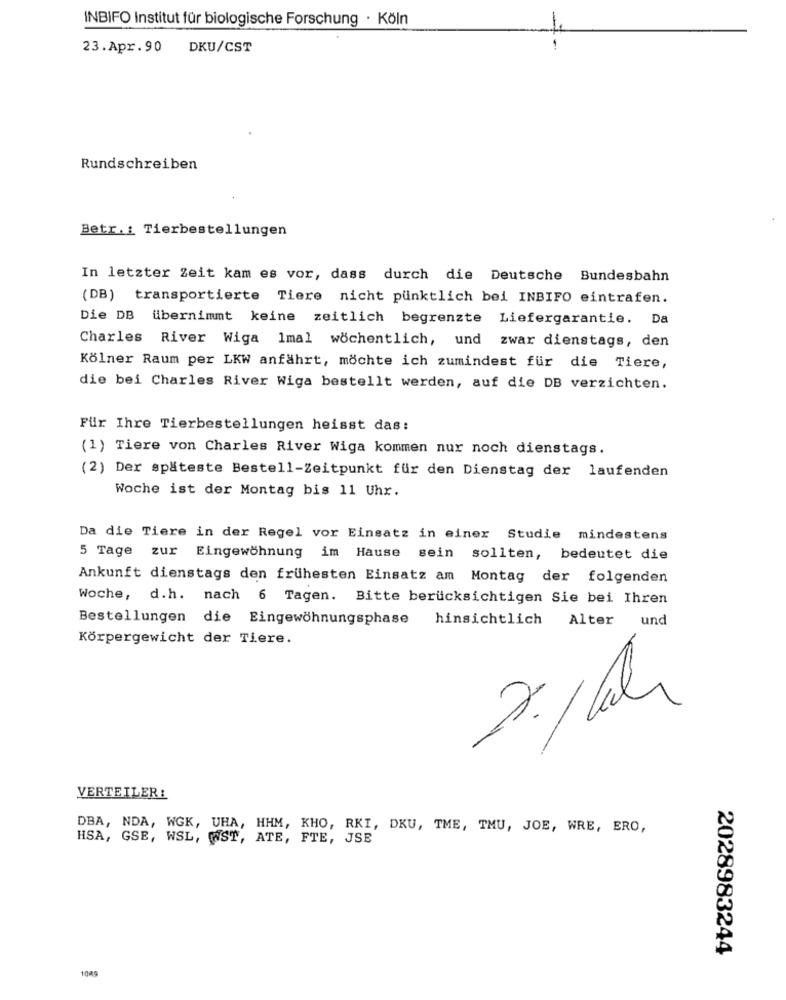
INBIFO Institut für biologische Forschung · Köln
23.Apr.90 DKU/CST
Rundschreiben
Betr. : Tierbestellungen
In letzter Zeit kam es vor, dass durch die Deutsche Bundesbahn
(DB) transportierte Tiere nicht pünktlich bei INBIFO eintrafen.
Die DB übernimmt keine zeitlich begrenzte Liefergarantie. Da
Charles River Wiga 1mal wöchentlich, und zwar dienstags, den
Kölner Raum per LKW anfährt, möchte ich zumindest für die Tiere,
die bei Charles River Wiga bestellt werden, auf die DB verzichten.
Für Ihre Tierbestellungen heisst das:
(1) Tiere von Charles River Wiga kommen nur noch dienstags.
(2) Der späteste Bestell-Zeitpunkt für den Dienstag der laufenden
Woche ist der Montag bis 11 Uhr.
Da die Tiere in der Regel vor Einsatz in einer Studie mindestens
5 Tage zur
Eingewöhnung im Hause sein sollten, bedeutet die
Ankunft dienstags den frühesten Einsatz am Montag der folgenden
Woche, d.h. nach 6 Tagen. Bitte berücksichtigen Sie bei Ihren
Bestellungen die Eingewöhnungsphase
hinsichtlich
Alter
und
Körpergewicht der Tiere.
VERTEILER :
DBA, NDA, WGK, UHA, HHM, KHO, RKI, DKU, TME, TMU, JOE, WRE, ERO,
HSA, GSE, WSL, WST, ATE, FTE, JSE
2028983244
1080